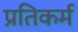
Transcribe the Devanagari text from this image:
प्रतिकर्म